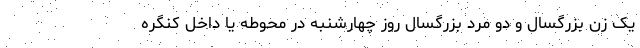
یک زن بزرگسال و دو مرد بزرگسال روز چهارشنبه در محوطه یا داخل کنگره